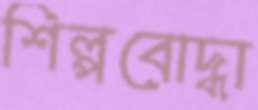
শিল্পবোদ্ধা